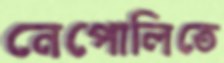
নেপোলিতে